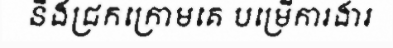
នឹងជ្រកក្រោមគេ បម្រើការងារ